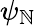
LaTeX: \psi_{\mathbb{N}}